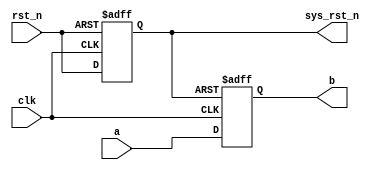
module system_ctrl_3 (
    input wire clk,
    input wire rst_n,

    input wire a,
    output reg b,

    output reg sys_rst_n
);

    

    always @(posedge clk, negedge rst_n) begin
        if(!rst_n) begin
            sys_rst_n <= 1'b0;
        end
        else begin
            sys_rst_n <= rst_n;
        end
    end

    always @(posedge clk, negedge sys_rst_n) begin
        if(!sys_rst_n) begin
            b <= 1'b0;
        end
        else begin
            b <= a;
        end
    end
    
endmodule